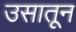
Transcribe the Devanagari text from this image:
उसातून